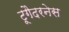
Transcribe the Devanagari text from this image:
टूगैदरनेस